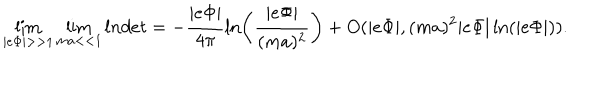
LaTeX: \lim _ { | e \Phi | > > 1 } \lim _ { m a < < 1 } l n d e t = - \frac { | e \Phi | } { 4 \pi } \ln \left( \frac { | e \Phi | } { ( m a ) ^ { 2 } } \right) + O ( | e \Phi | , ( m a ) ^ { 2 } | e \Phi | \ln ( | e \Phi | ) ) .